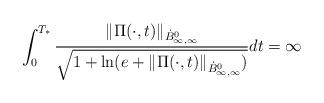
LaTeX: \begin{align*}\int_{0}^{T_{*}}\frac{\|\Pi(\cdot,t)\|_{\dot{B}^{0}_{\infty,\infty}}}{\sqrt{1+\ln(e+\|\Pi(\cdot,t)\|_{\dot{B}^{0}_{\infty,\infty}})}}dt=\infty\end{align*}